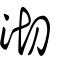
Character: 沏